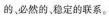
的，必然的、稳定的联系。